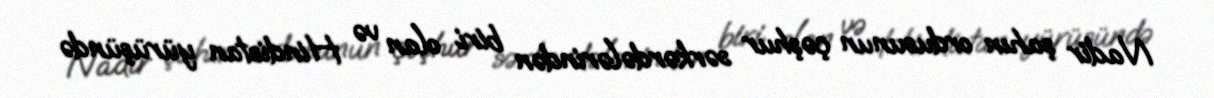
Nadir şahın ordusunun çəşhur sərkərdələrindən biri olan və Hindistan yürüşündə